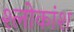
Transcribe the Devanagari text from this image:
श्लोकांश